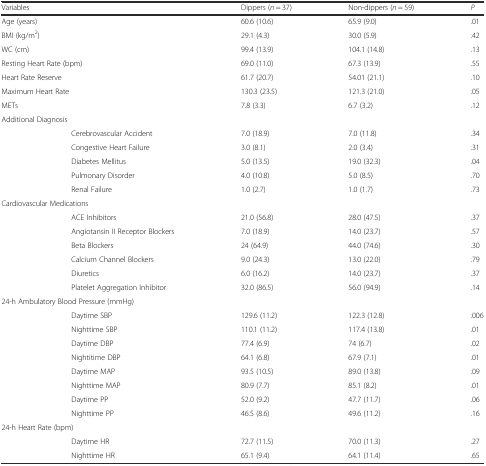
<table><thead><tr><td colspan="2"><b>Variables</b></td><td><b>Dippers (<i>n</i> = 37)</b></td><td><b>Non-dippers (<i>n</i> = 59)</b></td><td><b><i>P</i></b></td></tr></thead><tbody><tr><td colspan="2">Age (years)</td><td>60.6 (10.6)</td><td>65.9 (9.0)</td><td>.01</td></tr><tr><td colspan="2">BMI (kg/m<sup>2</sup>)</td><td>29.1 (4.3)</td><td>30.0 (5.9)</td><td>.42</td></tr><tr><td colspan="2">WC (cm)</td><td>99.4 (13.9)</td><td>104.1 (14.8)</td><td>.13</td></tr><tr><td colspan="2">Resting Heart Rate (bpm)</td><td>69.0 (11.0)</td><td>67.3 (13.9)</td><td>.55</td></tr><tr><td colspan="2">Heart Rate Reserve</td><td>61.7 (20.7)</td><td>54.01 (21.1)</td><td>.10</td></tr><tr><td colspan="2">Maximum Heart Rate</td><td>130.3 (23.5)</td><td>121.3 (21.0)</td><td>.05</td></tr><tr><td colspan="2">METs</td><td>7.8 (3.3)</td><td>6.7 (3.2)</td><td>.12</td></tr><tr><td colspan="2">Additional Diagnosis</td><td></td><td></td><td></td></tr><tr><td></td><td>Cerebrovascular Accident</td><td>7.0 (18.9)</td><td>7.0 (11.8)</td><td>.34</td></tr><tr><td></td><td>Congestive Heart Failure</td><td>3.0 (8.1)</td><td>2.0 (3.4)</td><td>.31</td></tr><tr><td></td><td>Diabetes Mellitus</td><td>5.0 (13.5)</td><td>19.0 (32.3)</td><td>.04</td></tr><tr><td></td><td>Pulmonary Disorder</td><td>4.0 (10.8)</td><td>5.0 (8.5)</td><td>.70</td></tr><tr><td></td><td>Renal Failure</td><td>1.0 (2.7)</td><td>1.0 (1.7)</td><td>.73</td></tr><tr><td colspan="2">Cardiovascular Medications</td><td></td><td></td><td></td></tr><tr><td></td><td>ACE Inhibitors</td><td>21.0 (56.8)</td><td>28.0 (47.5)</td><td>.37</td></tr><tr><td></td><td>Angiotansin II Receptor Blockers</td><td>7.0 (18.9)</td><td>14.0 (23.7)</td><td>.57</td></tr><tr><td></td><td>Beta Blockers</td><td>24 (64.9)</td><td>44.0 (74.6)</td><td>.30</td></tr><tr><td></td><td>Calcium Channel Blockers</td><td>9.0 (24.3)</td><td>13.0 (22.0)</td><td>.79</td></tr><tr><td></td><td>Diuretics</td><td>6.0 (16.2)</td><td>14.0 (23.7)</td><td>.37</td></tr><tr><td></td><td>Platelet Aggregation Inhibitor</td><td>32.0 (86.5)</td><td>56.0 (94.9)</td><td>.14</td></tr><tr><td colspan="2">24-h Ambulatory Blood Pressure (mmHg)</td><td></td><td></td><td></td></tr><tr><td></td><td>Daytime SBP</td><td>129.6 (11.2)</td><td>122.3 (12.8)</td><td>.006</td></tr><tr><td></td><td>Nighttime SBP</td><td>110.1 (11.2)</td><td>117.4 (13.8)</td><td>.01</td></tr><tr><td></td><td>Daytime DBP</td><td>77.4 (6.9)</td><td>74 (6.7)</td><td>.02</td></tr><tr><td></td><td>Nightitime DBP</td><td>64.1 (6.8)</td><td>67.9 (7.1)</td><td>.01</td></tr><tr><td></td><td>Daytime MAP</td><td>93.5 (10.5)</td><td>89.0 (13.8)</td><td>.09</td></tr><tr><td></td><td>Nighttime MAP</td><td>80.9 (7.7)</td><td>85.1 (8.2)</td><td>.01</td></tr><tr><td></td><td>Daytime PP</td><td>52.0 (9.2)</td><td>47.7 (11.7)</td><td>.06</td></tr><tr><td></td><td>Nighttime PP</td><td>46.5 (8.6)</td><td>49.6 (11.2)</td><td>.16</td></tr><tr><td colspan="2">24-h Heart Rate (bpm)</td><td></td><td></td><td></td></tr><tr><td></td><td>Daytime HR</td><td>72.7 (11.5)</td><td>70.0 (11.3)</td><td>.27</td></tr><tr><td></td><td>Nighttime HR</td><td>65.1 (9.4)</td><td>64.1 (11.4)</td><td>.65</td></tr></tbody></table>